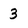
Character: 3